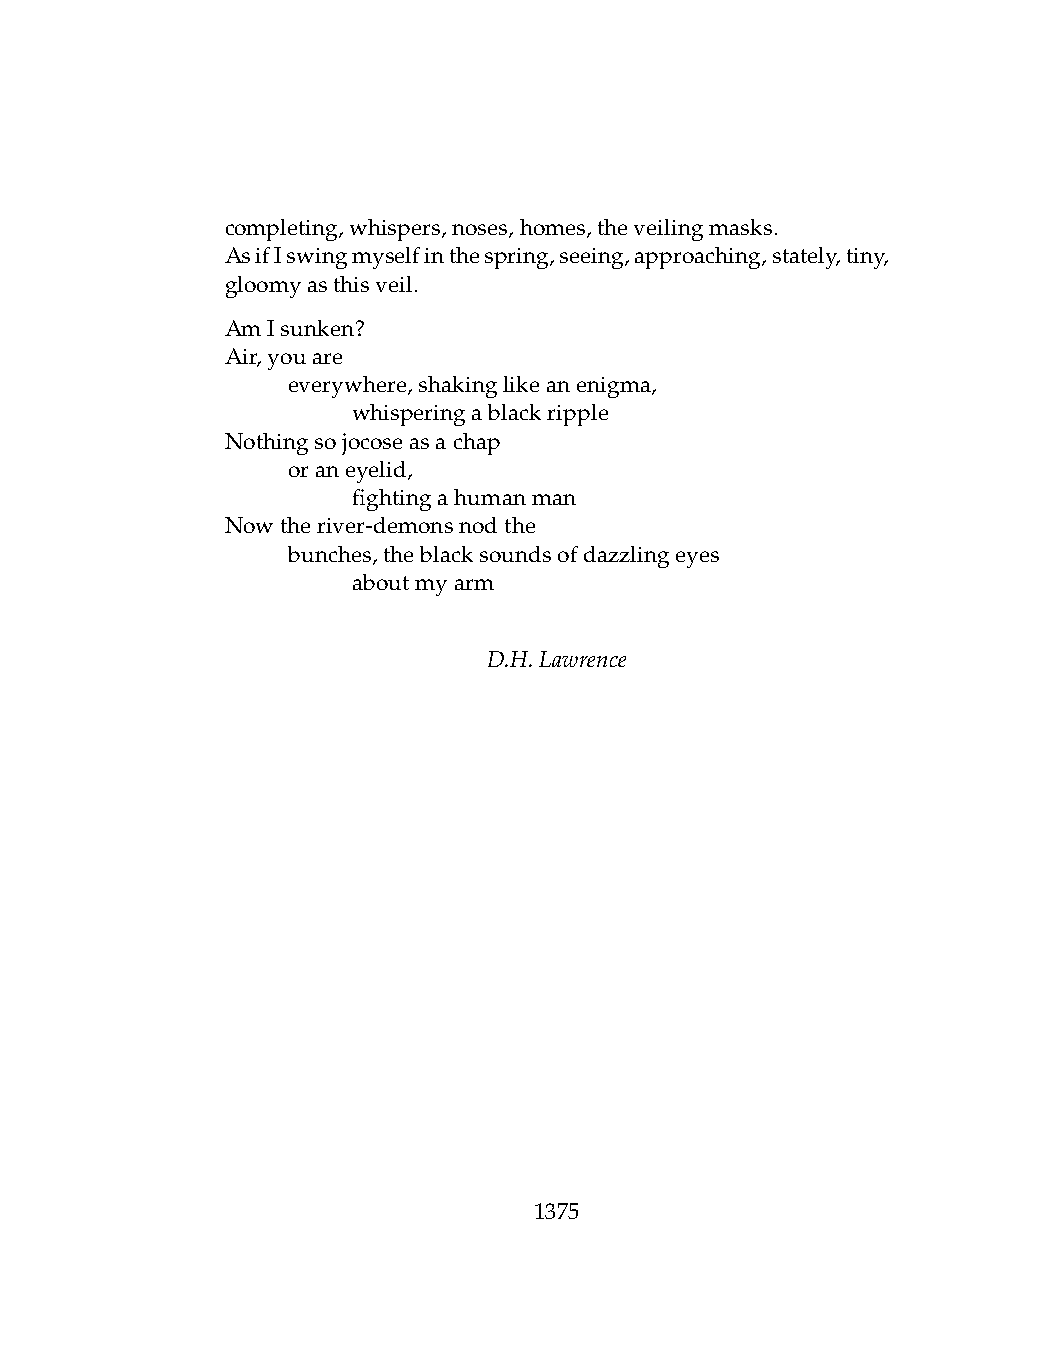
completing,whispers,noses,homes,theveilingmasks.
 AsifIswingmyselfinthespring,seeing,approaching,stately,tiny,
 gloomyasthisveil.
 AmIsunken?
 Air,youare
 .   everywhere,shakinglikeanenigma,
 .   .   whisperingablackripple
 Nothingsojocoseasachap
 .   oraneyelid,
 .   .   fightingahumanman
 Nowtheriver-demonsnodthe
 .   bunches,theblacksoundsofdazzlingeyes
 .   .   aboutmyarm
 D.H.Lawrence
 1375